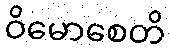
ဝိမောစေတိ